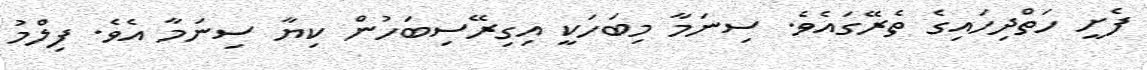
ފެށީ ހަތްދިހައިގެ ތެރޭގައެވެ. ސިނަމާ މިބަހަކީ އިގިރޭސިބަހުން ކިޔާ ސިނަމާ އެވެ. ފިލްމު